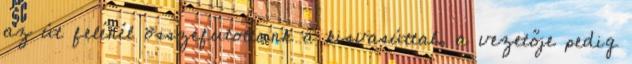
az út felénél összefutottunk a kisvasúttal, a vezetője pedig